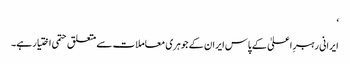
‘
ایرانی رہبرِ اعلیٰ کے پاس ایران کے جوہری معاملات سے متعلق حتمی اختیار ہے۔